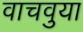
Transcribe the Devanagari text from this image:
वाचवुया